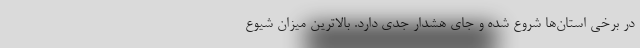
در برخی استان‌ها شروع شده و جای هشدار جدی دارد. بالاترین میزان شیوع